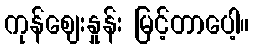
ကုန်ဈေးနှုန်း မြင့်တာပေါ့။